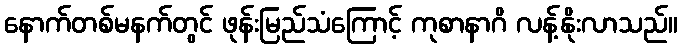
နောက်တစ်မနက်တွင် ဖုန်းမြည်သံကြောင့် ကုစာနာဂိ လန့်နိုးလာသည်။